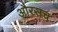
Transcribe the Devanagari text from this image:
औरसच